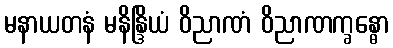
မနာယတနံ မနိန္ဒြိယံ ဝိညာဏံ ဝိညာဏက္ခန္ဓော